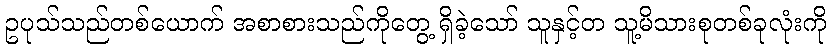
ဥပုသ်သည်တစ်ယောက် အစာစားသည်ကိုတွေ့ ရှိခဲ့သော် သူနှင့်တ သူ့မိသားစုတစ်ခုလုံးကို